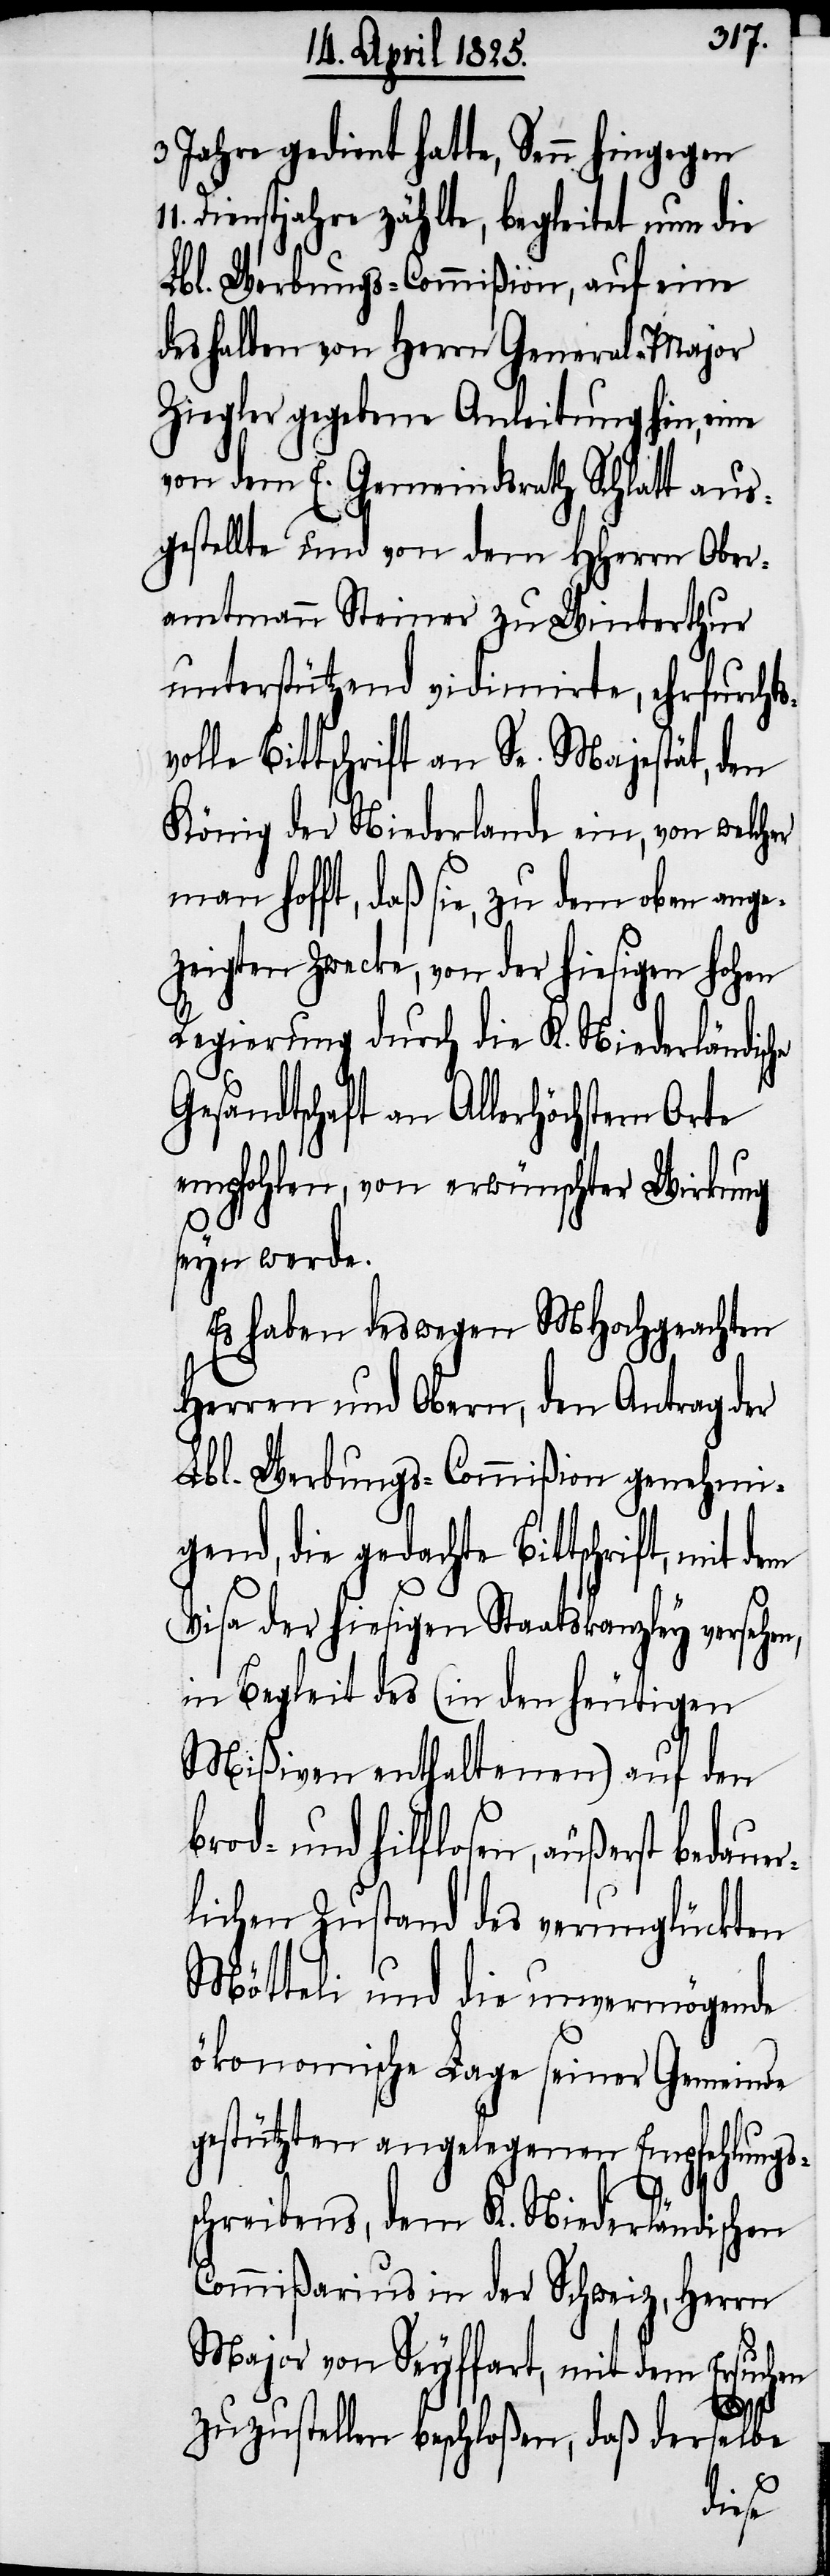
3 Jahre gedient hatte, Senn hingegen
Dienstjahre zählte, begleitet nun die
Lbl. Werbungs-Commißion, auf eine
deshalben von Herrn General-Major
Ziegler gegebene Anleitung hin, eine
von dem E. Gemeindsrath Schlatt aus¬
gestellte und von dem HHerrn Ober¬
amtmann Steiner zu Winterthur
unterstützend vidimirte, ehrfurchtsv¬
olle Bittschrift an Se. Majestät, den
König der Niederlande ein, von welcher
man hofft, daß sie, zu dem oben ange¬
zeigten Zwecke, von der hiesigen hohen
Regierung durch die K. Niederländische
Gesandtschaft an Allerhöchstem Orte
empfohlen, von erwünschter Wirkung
seyn werde.
Es haben deswegen MHochgeachten
Herren und Obern, den Antrag der
Lbl. Werbungs-Commißion genehmi¬
gend, die gedachte Bittschrift, mit
Visa der hiesigen Staatskanzley verseh¬
in Begleit des (in den heutigen
Mißiven enthaltenen) auf den
und hilflosen, äußerst bedauer¬
lichen Zustand des verunglückten
Mötteli und die unvermögende
ökonomische Lage seiner Gemeinde
gestützten angelegenen Empfehlungs¬
schreibens, dem K. Niederländischen
Commißarius in der Schweiz, Herrn
Major von Seyffart, mit dem Ersuchen
zuzustellen beschloßen, daß derselbe
en,